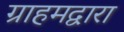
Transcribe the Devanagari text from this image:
ग्राहमद्वारा